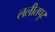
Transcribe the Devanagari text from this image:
ललीतपुर